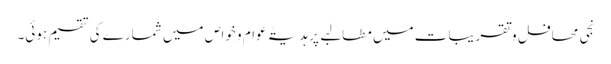
نجی محافل و تقریبات میں مطالبے پر ہدیۃً عوام و خواص میں شمارے کی تقسیم ہوئی۔